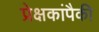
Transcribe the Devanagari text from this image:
प्रेक्षकांपैकी